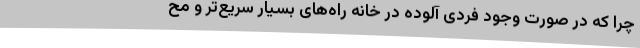
چرا که در صورت وجود فردی آلوده در خانه راه‌های بسیار سریع‌تر و مح